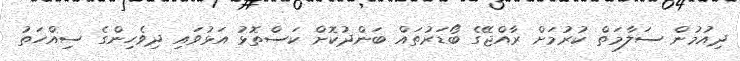
ދިއުމުން ސަލާމަތް ކުރުމަށް ރާއްޖޭގެ ބޯޑަރުތައް ބަންދުކޮށް ކަސްތޮޅު އަޅުވައި ދިވެހިންގެ ސިއްހަތު